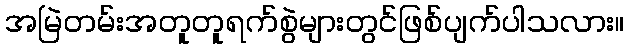
အမြဲတမ်းအတူတူရက်စွဲများတွင်ဖြစ်ပျက်ပါသလား။